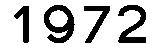
1972